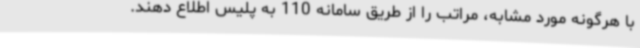
با هرگونه مورد مشابه، مراتب را از طریق سامانه 110 به پلیس اطلاع دهند.